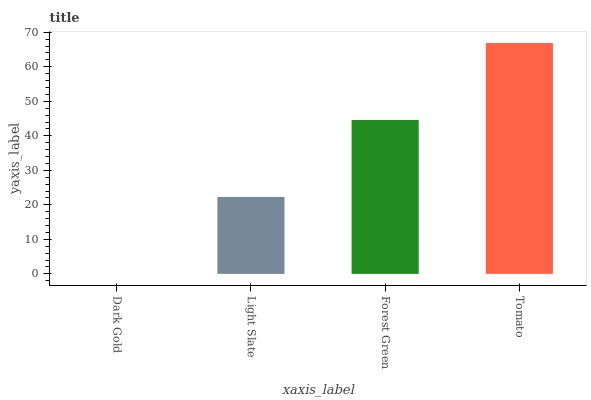
| xaxis_label | bars |
 | --- | --- |
 | Dark Gold | 0 |
 | Light Slate | 22.3 |
 | Forest Green | 44.6 |
 | Tomato | 66.9 |